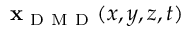
{ \bf x } _ { \mathrm { ~ D ~ M ~ D ~ } } ( x , y , z , t )